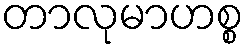
တာလုမာဟစ္စ